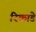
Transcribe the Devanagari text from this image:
रिकाडे